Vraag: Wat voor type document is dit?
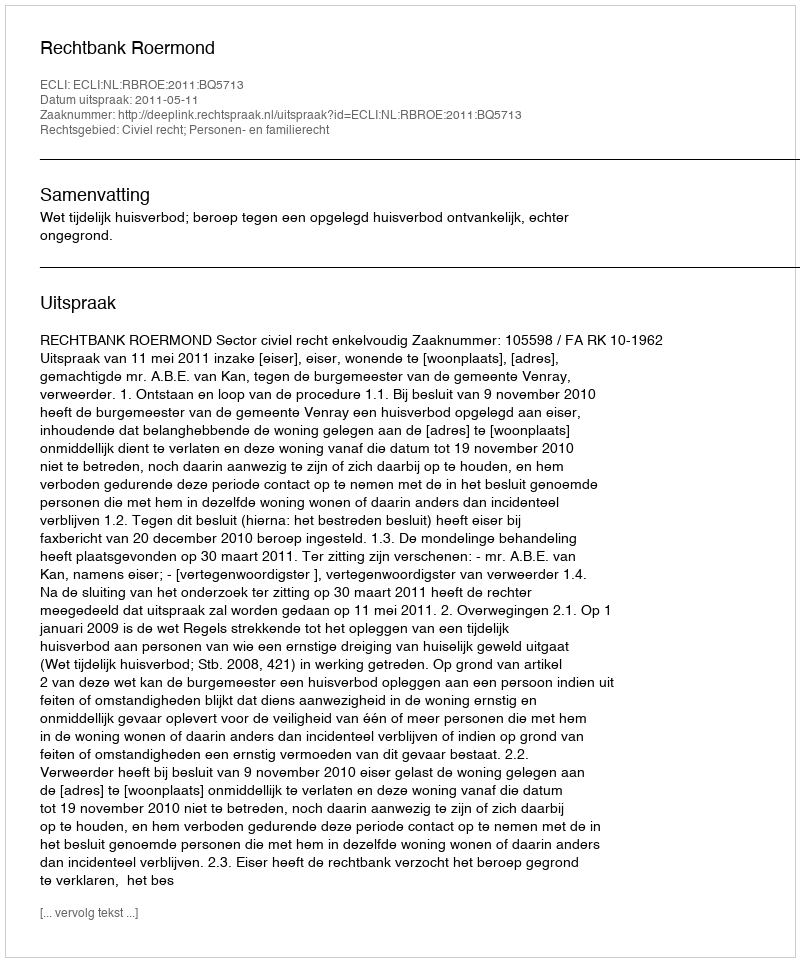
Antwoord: Uitspraak